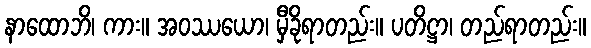
နာထောဘိ၊ ကား။ အဝဿယော၊ မှီခိုရာတည်း။ ပတိဋ္ဌာ၊ တည်ရာတည်း။